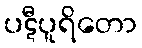
ပဋီပူရိတော